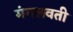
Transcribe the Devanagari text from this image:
मंगलवती